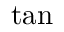
\tan